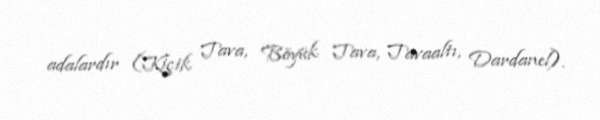
adalardır (Kiçik Tava, Böyük Tava, Tavaaltı, Dardanel).